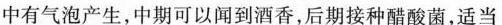
中有气泡产生，中期可以闻到酒香，后期接种醋酸菌，适当